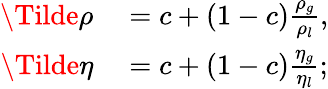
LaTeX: \begin{array}{rl}{\Tilde{\rho}}&{{}=c+(1-c)\frac{\rho_{g}}{\rho_{l}},}\\ {\Tilde{\eta}}&{{}=c+(1-c)\frac{\eta_{g}}{\eta_{l}};}\end{array}